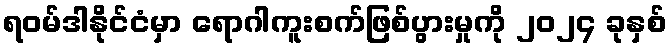
ရဝမ်ဒါနိုင်ငံမှာ ရောဂါကူးစက်ဖြစ်ပွားမှုကို ၂၀၂၄ ခုနှစ်